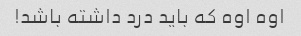
اوه اوه که باید درد داشته باشد!